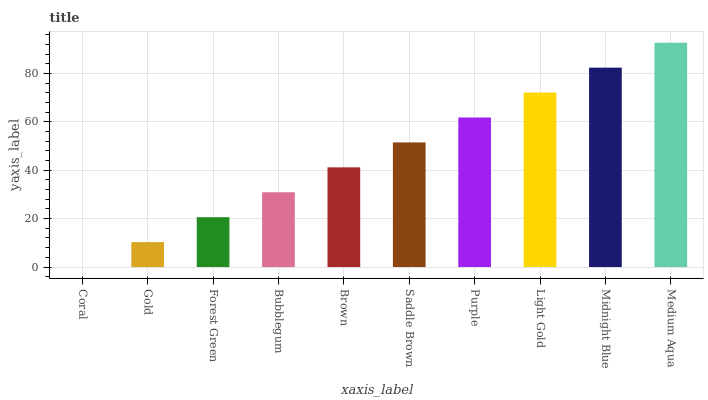
| xaxis_label | bars |
 | --- | --- |
 | Coral | 0 |
 | Gold | 10.3 |
 | Forest Green | 20.6 |
 | Bubblegum | 30.9 |
 | Brown | 41.2 |
 | Saddle Brown | 51.5 |
 | Purple | 61.8 |
 | Light Gold | 72.1 |
 | Midnight Blue | 82.4 |
 | Medium Aqua | 92.7 |